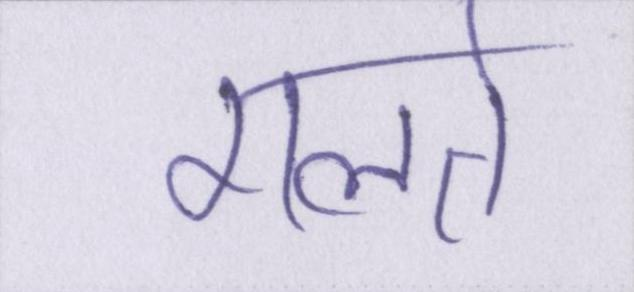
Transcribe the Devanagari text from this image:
गलते